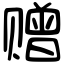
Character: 赠